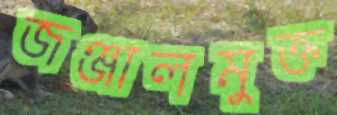
জঞ্জালমুক্ত